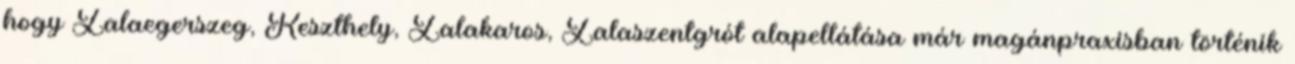
hogy Zalaegerszeg, Keszthely, Zalakaros, Zalaszentgrót alapellátása már magánpraxisban történik